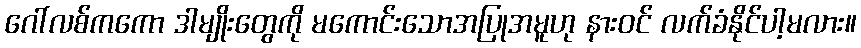
ဂေါ်လစ်ကကော ဒါမျိုးတွေကို မကောင်းသောအပြုအမူဟု နားဝင် လက်ခံနိုင်ပါ့မလား။